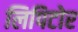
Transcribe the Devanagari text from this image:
लिपिटोर